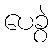
ပေခွဲ